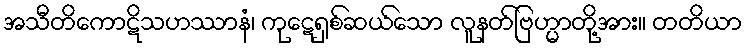
အသီတိကောဋိသဟဿာနံ၊ ကုဋေရှစ်ဆယ်သော လူနတ်ဗြဟ္မာတို့အား။ တတိယာ